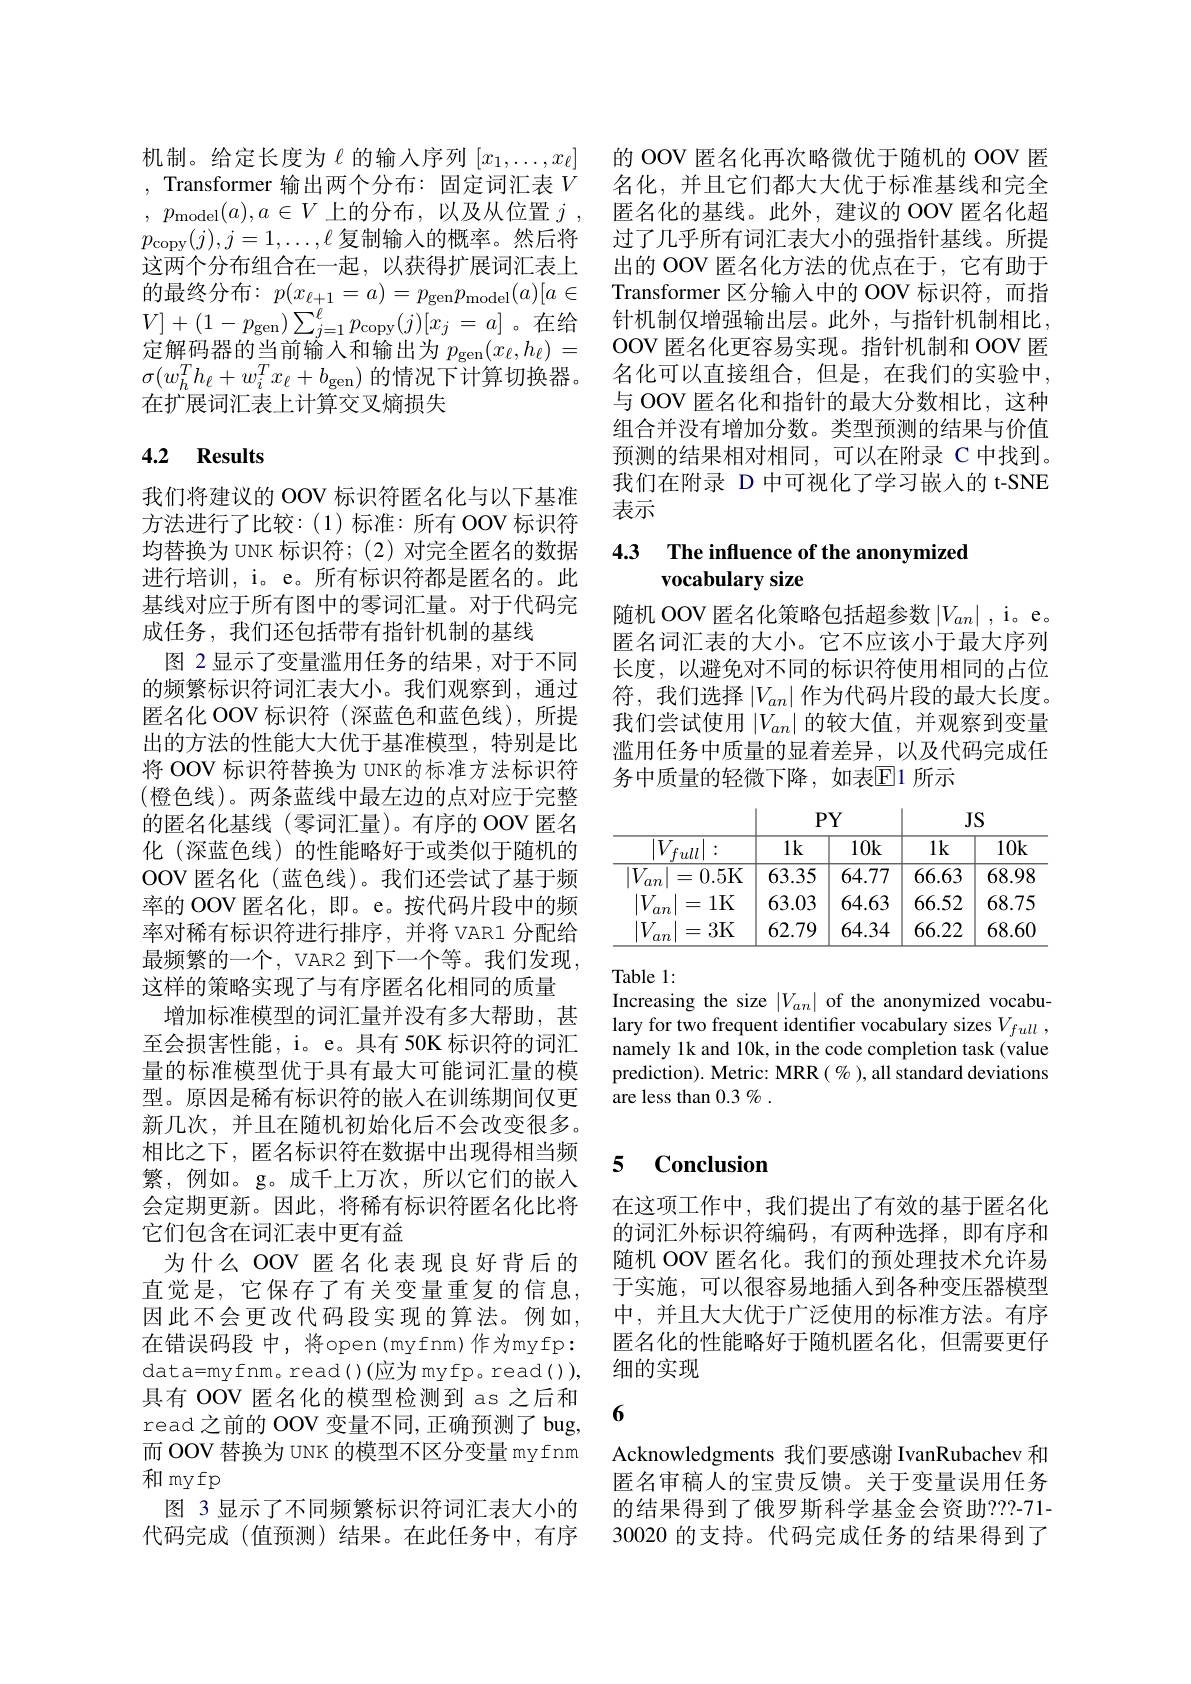
机制。给定长度为$\ell$的输入序列$[x_1,\ldots,x_\ell]$
, Transformer 输出两个分布：固定词汇表$V$ 名化，并且它们都大大优于标准基线和完全, $p_{\mathrm{model}}( a) , a\in V$ 上的分布，以及从位置$j$, 匿名化的基线。此外，建议的 OOV 匿名化超$p_{\mathrm{copy}}(j),j=1,\ldots,\ell$复制输入的概率。然后将 过了几乎所有词汇表大小的强指针基线。所提这两个分布组合在一起，以获得扩展词汇表上的最终分布：$p(x_{\ell+1}=a)=p_\mathrm{gen}p_\mathrm{model}(a)[a\in$ $V]+(1-p_{\mathrm{gen}})\sum_{j=1}^{\ell}p_{\mathrm{copy}}(j)[x_{j}=a]$。在给定解码器的当前输入和输出为$p_\mathrm{gen}(x_\ell,h_\ell)=$ $\sigma(w_h^Th_\ell+w_i^Tx_\ell+b_\mathrm{gen})$的情况下计算切换器。在扩展词汇表上计算交叉熵损失

# 4.2 Results

我们将建议的 OOV 标识符匿名化与以下基准方法进行了比较：(1)标准：所有 OOV 标识符均替换为 UNK 标识符；(2) 对完全匿名的数据进行培训，i。e。所有标识符都是匿名的。此基线对应于所有图中的零词汇量。对于代码完成任务，我们还包括带有指针机制的基线
图 2 显示了变量滥用任务的结果，对于不同的频繁标识符词汇表大小。我们观察到，通过匿名化 OOV 标识符(深蓝色和蓝色线),所提出的方法的性能大大优于基准模型，特别是比将 OOV 标识符替换为 UNK的标准方法标识符(橙色线)。两条蓝线中最左边的点对应于完整的匿名化基线(零词汇量)。有序的 OOV 匿名化 (深蓝色线) 的性能略好于或类似于随机的OOV 匿名化 (蓝色线)。我们还尝试了基于频率的 OOV 匿名化，即。e。按代码片段中的频率对稀有标识符进行排序，并将 VAR1 分配给最频繁的一个，VAR2 到下一个等。我们发现， 这样的策略实现了与有序匿名化相同的质量
增加标准模型的词汇量并没有多大帮助，甚至会损害性能，i。e。具有 50K 标识符的词汇量的标准模型优于具有最大可能词汇量的模型。原因是稀有标识符的嵌入在训练期间仅更新几次，并且在随机初始化后不会改变很多。相比之下，匿名标识符在数据中出现得相当频繁，例如。g。成千上万次，所以它们的嵌入会定期更新。因此，将稀有标识符匿名化比将它们包含在词汇表中更有益
为什么 OOV 匿名化表现良好背后的直觉是，它保存了有关变量重复的信息因此不会更改代码段实现的算法。例如， 在错误码段 中，将open(myfnm)作为myfp： $\operatorname*{data=myfnm。read}()($应为myfp。read()), 具有 OOV 匿名化的模型检测到 as 之后和read 之前的 OOV 变量不同，正确预测了 bug, 而 OOV 替换为 UNK 的模型不区分变量 myfnm 和 my fp
图 3 显示了不同频繁标识符词汇表大小的代码完成(值预测)结果。在此任务中，有序

的 OOV 匿名化再次略微优于随机的 OOV 匿出的 OOV 匿名化方法的优点在于，它有助于Transformer 区分输入中的 OOV 标识符，而指针机制仅增强输出层。此外，与指针机制相比， OOV 匿名化更容易实现。指针机制和 OOV 匿名化可以直接组合，但是，在我们的实验中， 与 OOV 匿名化和指针的最大分数相比，这种组合并没有增加分数。类型预测的结果与价值预测的结果相对相同，可以在附录 C 中找到。我们在附录 D 中可视化了学习嵌入的 t-SNE 表示

### 4.3 $\textbf{The influence of the anonymized}$ vocabulary size

随机 OOV 匿名化策略包括超参数$|V_{an}|$ ,i。e。匿名词汇表的大小。它不应该小于最大序列长度，以避免对不同的标识符使用相同的占位符，我们选择$\left|V_an\right|$作为代码片段的最大长度。我们尝试使用$|V_an|$的较大值，并观察到变量滥用任务中质量的显着差异，以及代码完成任务中质量的轻微下降，如表$\overline{\mathrm{E}}$1 所示

<table>
	<tbody>
		<tr>
			<th> </th>
			<th>$1k$</th>
			<th>10k</th>
			<th>$1k$</th>
			<th>10k</th>
		</tr>
		<tr>
			<td>$\overline{V_{an}}$ 0.5K =</td>
			<td>63.35</td>
			<td>64.77</td>
			<td>66.63</td>
			<td>68.98</td>
		</tr>
		<tr>
			<td>$|V_{an}$ 1K =</td>
			<td>63.03</td>
			<td>64.63</td>
			<td>66.52</td>
			<td>68.75</td>
		</tr>
		<tr>
			<td>$|V_{a}$ 3K = $an$</td>
			<td>62.79</td>
			<td>64.34</td>
			<td>66.22</td>
			<td>68.60</td>
		</tr>
	</tbody>
</table>

Table 1:
Increasing the size $|V_{an}|$ of the anonymized vocabulary for two frequent identifier vocabulary sizes $V_{full}$ , namely 1k and 10k, in the code completion task (value prediction). Metric: MRR( % ), all standard deviations are less than $0.3\%.$

## 5 $\mathbf{Conclusion}$

在这项工作中，我们提出了有效的基于匿名化的词汇外标识符编码，有两种选择，即有序和随机 OOV 匿名化。我们的预处理技术允许易于实施，可以很容易地插入到各种变压器模型中，并且大大优于广泛使用的标准方法。有序匿名化的性能略好于随机匿名化，但需要更仔细的实现

6

Acknowledgments 我们要感谢 IvanRubachev 和匿名审稿人的宝贵反馈。关于变量误用任务的结果得到了俄罗斯科学基金会资助？??-71- 30020 的支持。代码完成任务的结果得到了